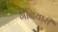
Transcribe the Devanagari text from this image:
गनियारी